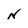
Character: N